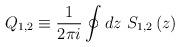
LaTeX: \begin{align*}Q_{1,2}\equiv \frac 1{2\pi i}\oint dz\,\,S_{1,2}\left( z\right)\end{align*}